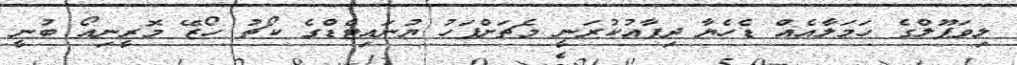
ލިވަޕޫލްގެ ހަމަލާއެއް ޑެހެޔާ ދިފާއުކުރަނީ މެޗަށްފަހު ޔުނައިޓެޑްގެ ކޯޗު ހޯޒޭ މޮރީނިއޯ ބުނީ